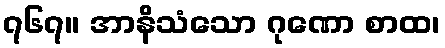
၇၆၇။ အာနိသံသော ဂုဏော စာထ၊